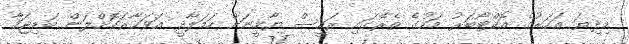
މިދިޔަ އަހަރުގެ އޮކްޓޯބަރު މަހުގެ ތެރޭގައި ރައީސް ޔާމީނަށް ހަމަލާދީ އަވަހާރަކޮށްލަން ބަޑިޖަހާ